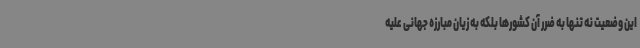
این وضعیت نه تنها به ضرر آن کشورها بلکه به زیان مبارزه جهانی علیه